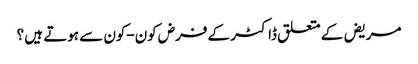
مریض کے متعلق ڈاکٹر کے فرض کون-کون سے ہوتے ہیں ؟